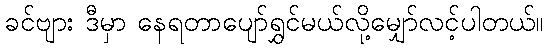
ခင်ဗျား ဒီမှာ နေရတာပျော်ရွှင်မယ်လို့မျှော်လင့်ပါတယ်။